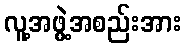
လူ့အဖွဲ့အစည်းအား